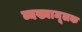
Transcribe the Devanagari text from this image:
व्यख्यामूलक